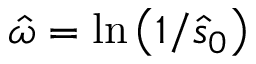
\hat { \omega } = \ln \left( 1 / \hat { s } _ { 0 } \right)